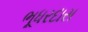
ભૂધરદાસ